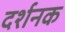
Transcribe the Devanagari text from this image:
दर्शनक